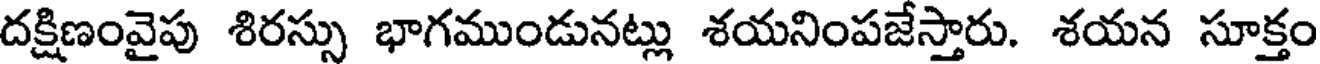
దక్షిణంవైపు శిరస్సు భాగముండునట్లు శయనింపజేస్తారు. శయన సూక్తం